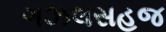
ગઝલસહજ